system: You are a helpful assistant.
user:
Analyze the provided spectrum to determine if it is a **"Cataclysmic Variables (CV)"**.

- **Key Indicators for CV (Check for either state):**
    - **State 1: Quiescent / Low-State (Emission-Dominated)**
        - **(Primary):** Strong and *very broad* Hydrogen Balmer emission lines (e.g., $H\alpha$ at 6563 Å, $H\beta$ at 4861 Å). The 'broadness' (high velocity dispersion, often FWHM > 1000 km/s) is the key diagnostic, indicating a high-velocity accretion disk.
        - **(Secondary):** Broad neutral Helium (He I) emission lines (e.g., 5876 Å, 6678 Å).
        - **(Key Confirmation):** Presence of high-excitation *ionized* Helium (He II) emission at 4686 Å. This is a strong indicator of accretion onto a white dwarf.
        - **(Line Profile):** Emission lines may exhibit a 'double-peaked' profile, which is a classic signature of a rotating accretion disk viewed at high inclination.

    - **State 2: Outburst / High-State (Absorption-Dominated)**
        - **(Primary):** Spectrum is dominated by a bright, blue continuum (looks like a hot star).
        - **(Secondary):** The emission lines from State 1 are weak, absent, or 'filled in', and are replaced by broad, shallow *absorption* lines (primarily Balmer and He I).
        - **(Morphology):** The overall spectrum mimics a hot B/A-type star. The crucial difference is that the absorption lines are significantly broader, shallower, and more 'washed-out' (or 'smeared') than the sharp lines of a normal stellar photosphere, due to high rotational speeds and pressure broadening in the disk.

Think first, call **spectral_visualization_tool** if needed to examine features in detail, then provide your final answer. Your response must adhere to the following strict rules:
1.  **Overall Structure:** Your response must follow the format `<think>...</think> <tool_call>...</tool_call> (if a tool is used) <answer>...</answer>`.
2.  **Tool Usage Constraint:** You may only make **one** tool call per turn.
3.  **Final Answer Format:** In the `<answer>` tag, your conclusion must be inside a `\boxed{}` command (e.g., `\boxed{YES}`), followed by your justification.

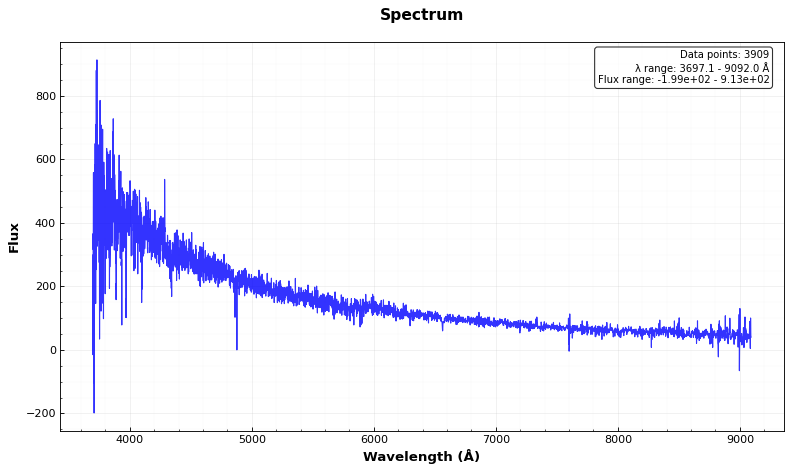
Answer: NO